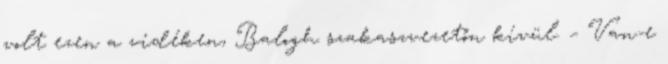
volt ezen a vidéken, Balogh szakaszvezetőn kívül. – Van-e